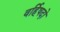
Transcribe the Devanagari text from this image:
वर्हिषदो